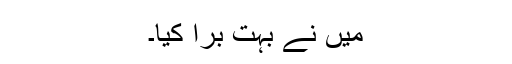
میں نے بہت برا کیا۔